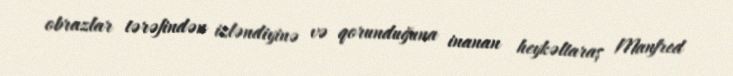
obrazlar tərəfindən izləndiyinə və qorunduğuna inanan heykəltaraş Manfred